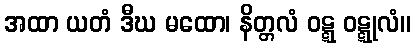
အထာ ယတံ ဒီဃ မထော၊ နိတ္တလံ ဝဋ္ဋ ဝဋ္ဋုလံ။